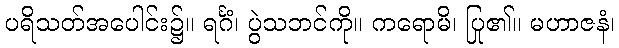
ပရိသတ်အပေါင်း၌။ ရင်္ဂံ၊ ပွဲသဘင်ကို။ ကရောမိ၊ ပြု၏။ မဟာဇနံ၊